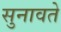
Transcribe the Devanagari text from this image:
सुनावते